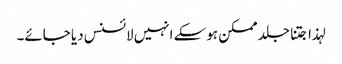
لہذا جتنا جلد ممکن ہوسکے انہیں لائسنس دیا جائے۔